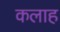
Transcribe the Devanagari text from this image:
कलाह